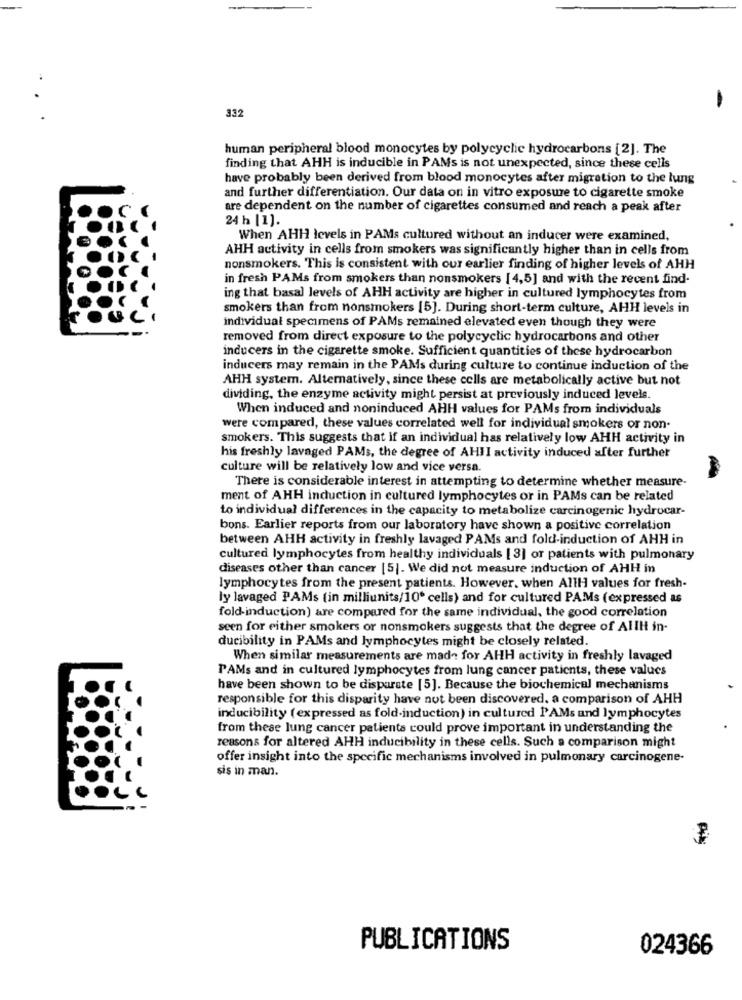
332
-
human peripheral blood monocytes by polycyclic hydrocarbons [2]. The
finding that AHH is inducible in PAMs is not unexpected, since these cells
have probably been derived from blood monocytes after migration to the lung
and further differentiation. Our data on in vitro exposure to cigarette smoke
are dependent on the number of cigarettes consumed and reach a peak after
24 h |1).
When AHH levels in PAMs cultured without an inducer were examined,
AHH activity in cells from smokers was significantly higher than in cells from
nonsmokers. This is consistent with our earlier finding of higher levels of AHH
in fresh PAMs from smokers than nonsmokers [ 4,5] and with the recent find-
ing that basal levels of AHH activity are higher in cultured lymphocytes from
smokers than from nonsmokers [5]. During short-term culture, AHH levels in
individual specimens of PAMs remained elevated even though they were
removed from direct exposure to the polycyclic hydrocarbons and other
inducers in the cigarette smoke. Sufficient quantities of these hydrocarbon
inducers may remain in the PAMs during culture to continue induction of the
AHH system. Alternatively, since these cells are metabolically active but not
dividing, the enzyme activity might persist at previously induced levels.
When induced and noninduced AHH values for PAMs from individuals
were compared, these values correlated well for individual smokers or non-
smokers. This suggests that if an individual has relatively low AHH activity in
his freshly lavaged PAMs, the degree of AHII activity induced after further
culture will be relatively low and vice versa.
There is considerable interest in attempting to determine whether measure-
ment of AHH induction in cultured lymphocytes or in PAMs can be related
to individual differences in the capacity to metabolize carcinogenic hydrocar-
bons. Earlier reports from our laboratory have shown a positive correlation
between AHH activity in freshly lavaged PAMs and fold-induction of AHH in
cultured lymphocytes from healthy individuals [3] or patients with pulmonary
diseases other than cancer [5]. We did not measure induction of AHH in
lymphocytes from the present patients. However, when Alll values for fresh-
ly lavaged PAMs (in milliunits/10" cells) and for cultured PAMs (expressed as
fold-induction) are compared for the same individual, the good correlation
seen for either smokers or nonsmokers suggests that the degree of Alllt in-
ducibility in PAMs and lymphocytes might be closely related.
When similar measurements are made for AHH activity in freshly lavaged
PAMs and in cultured lymphocytes from lung cancer patients, these values
have been shown to be disparate [5]. Because the biochemical mechanisms
responsible for this disparity have not been discovered. a comparison of AHH
inducibility ( expressed as fold-induction) in cultured PAMs and lymphocytes
from these lung cancer patients could prove important in understanding the
reasons for altered AHH inducibility in these cells. Such a comparison might
offer insight into the specific mechanisms involved in pulmonary carcinogene-
sis in man.
Di
PUBLICATIONS
024366